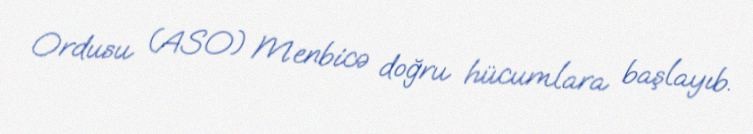
Ordusu (ASO) Menbicə doğru hücumlara başlayıb.